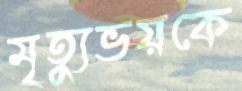
মৃত্যুভয়কে